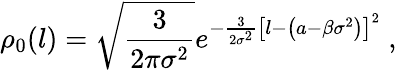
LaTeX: \rho_{0}(l)=\sqrt{\frac{3}{2\pi\sigma^{2}}}e^{-\frac{3}{2\sigma^{2}}\left[l-\left(a-\beta\sigma^{2}\right)\right]^{2}}\ ,